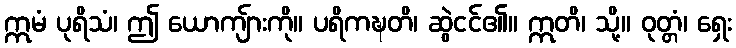
ဣမံ ပုရိသံ၊ ဤ ယောကျ်ားကို။ ပရိကဍ္ဎတိ၊ ဆွဲငင်၏။ ဣတိ၊ သို့။ ဝုတ္တံ၊ ရှေး